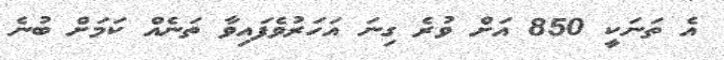
އެ ތަނަކީ 850 އަށް ވުރެ ގިނަ އަހަރުވެފައިވާ ތަނެއް ކަމަށް ބުނެ